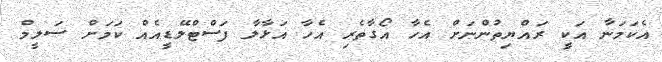
އެކަމަނާ އަކީ ރައްޔިތުންނަށް އެހާ އޯގާތެރި އެހާ އަޅާލާ ފަސްޓްލޭޑީއެއް ކަމަށް ސަލީމް